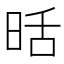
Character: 𭥹